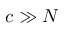
c \gg N